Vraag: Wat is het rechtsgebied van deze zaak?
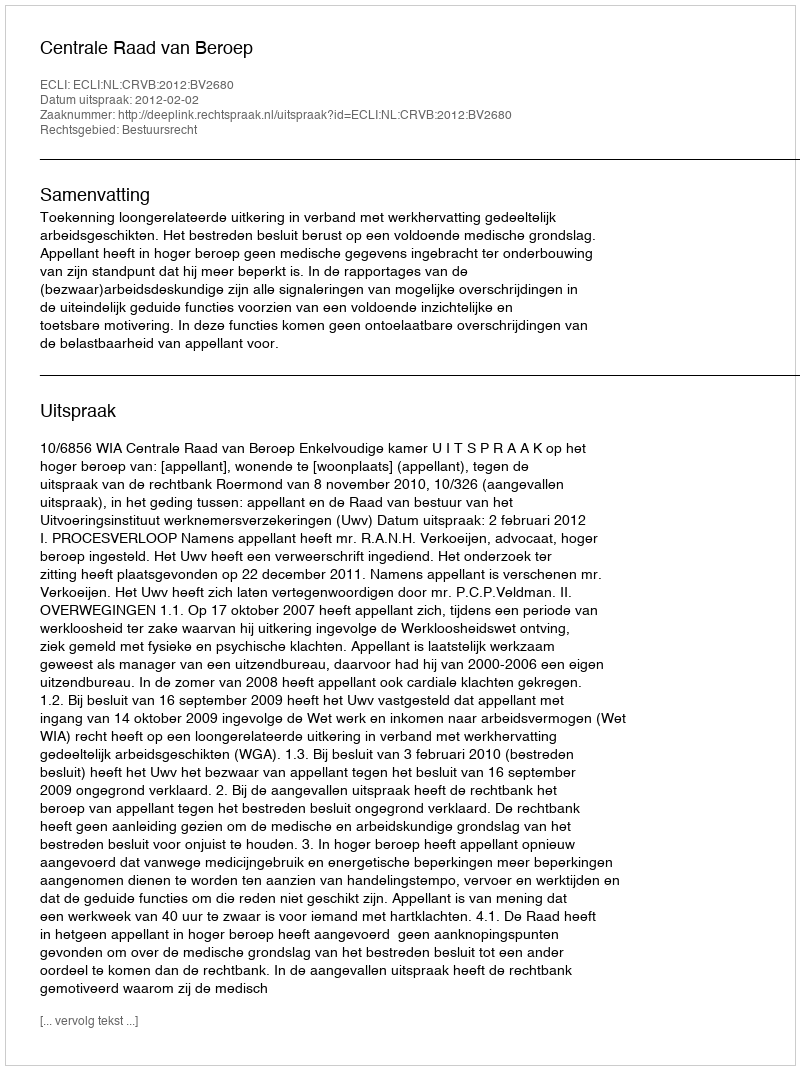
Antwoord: Bestuursrecht